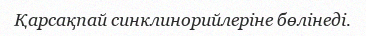
Қарсақпай синклинорийлеріне бөлінеді.